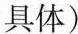
具体)